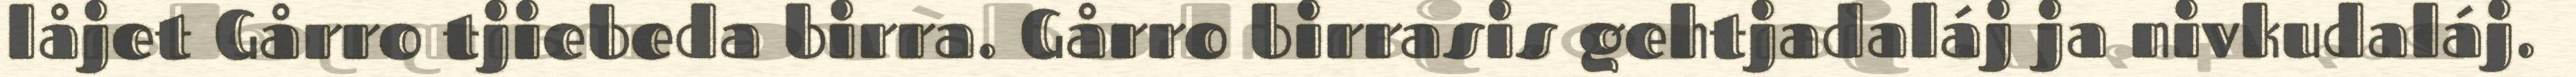
låjet Gårro tjiebeda birra. Gårro birrasis gehtjadaláj ja nivkudaláj.